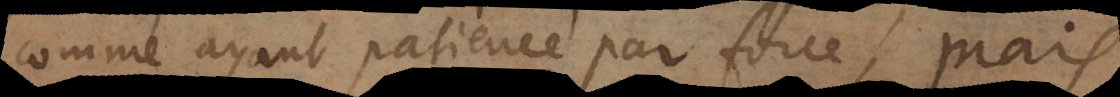
comme ayant patience par force, mais